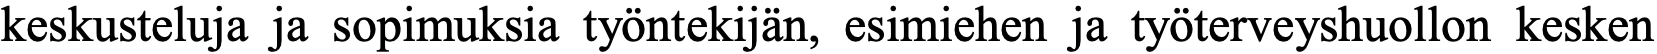
keskusteluja ja sopimuksia työntekijän, esimiehen ja työterveyshuollon kesken